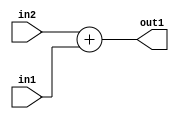
`timescale 1ps / 1ps
/*****************************************************************************
    Verilog RTL Description
    
    
    Created by: Stratus DpOpt 21.05.01 
*******************************************************************************/

module dut_Add_11Ux11U_12U_4 (
	in2,
	in1,
	out1
	); /* architecture "behavioural" */ 
input [10:0] in2,
	in1;
output [11:0] out1;
wire [11:0] asc001;

assign asc001 = 
	+(in2)
	+(in1);

assign out1 = asc001;
endmodule

/* CADENCE  urf5Qwg= : u9/ySxbfrwZIxEzHVQQV8Q== ** DO NOT EDIT THIS LINE ******/